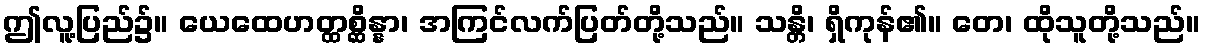
ဤလူ့ပြည်၌။ ယေထေဟတ္ထစ္ဆိန္နာ၊ အကြင်လက်ပြတ်တို့သည်။ သန္တိ၊ ရှိကုန်၏။ တေ၊ ထိုသူတို့သည်။